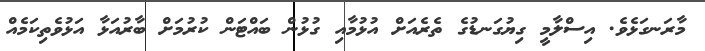
މާރަނގަޅެވެ. އިސްލާމީ ގިޔުގަނޑުގެ ތެރެއަށް އުޅުމާއި ގުޅުން ބައްޓަން ކުރުމަށް ބާރުއަޅާ އަޅުވެތިކަމެއް